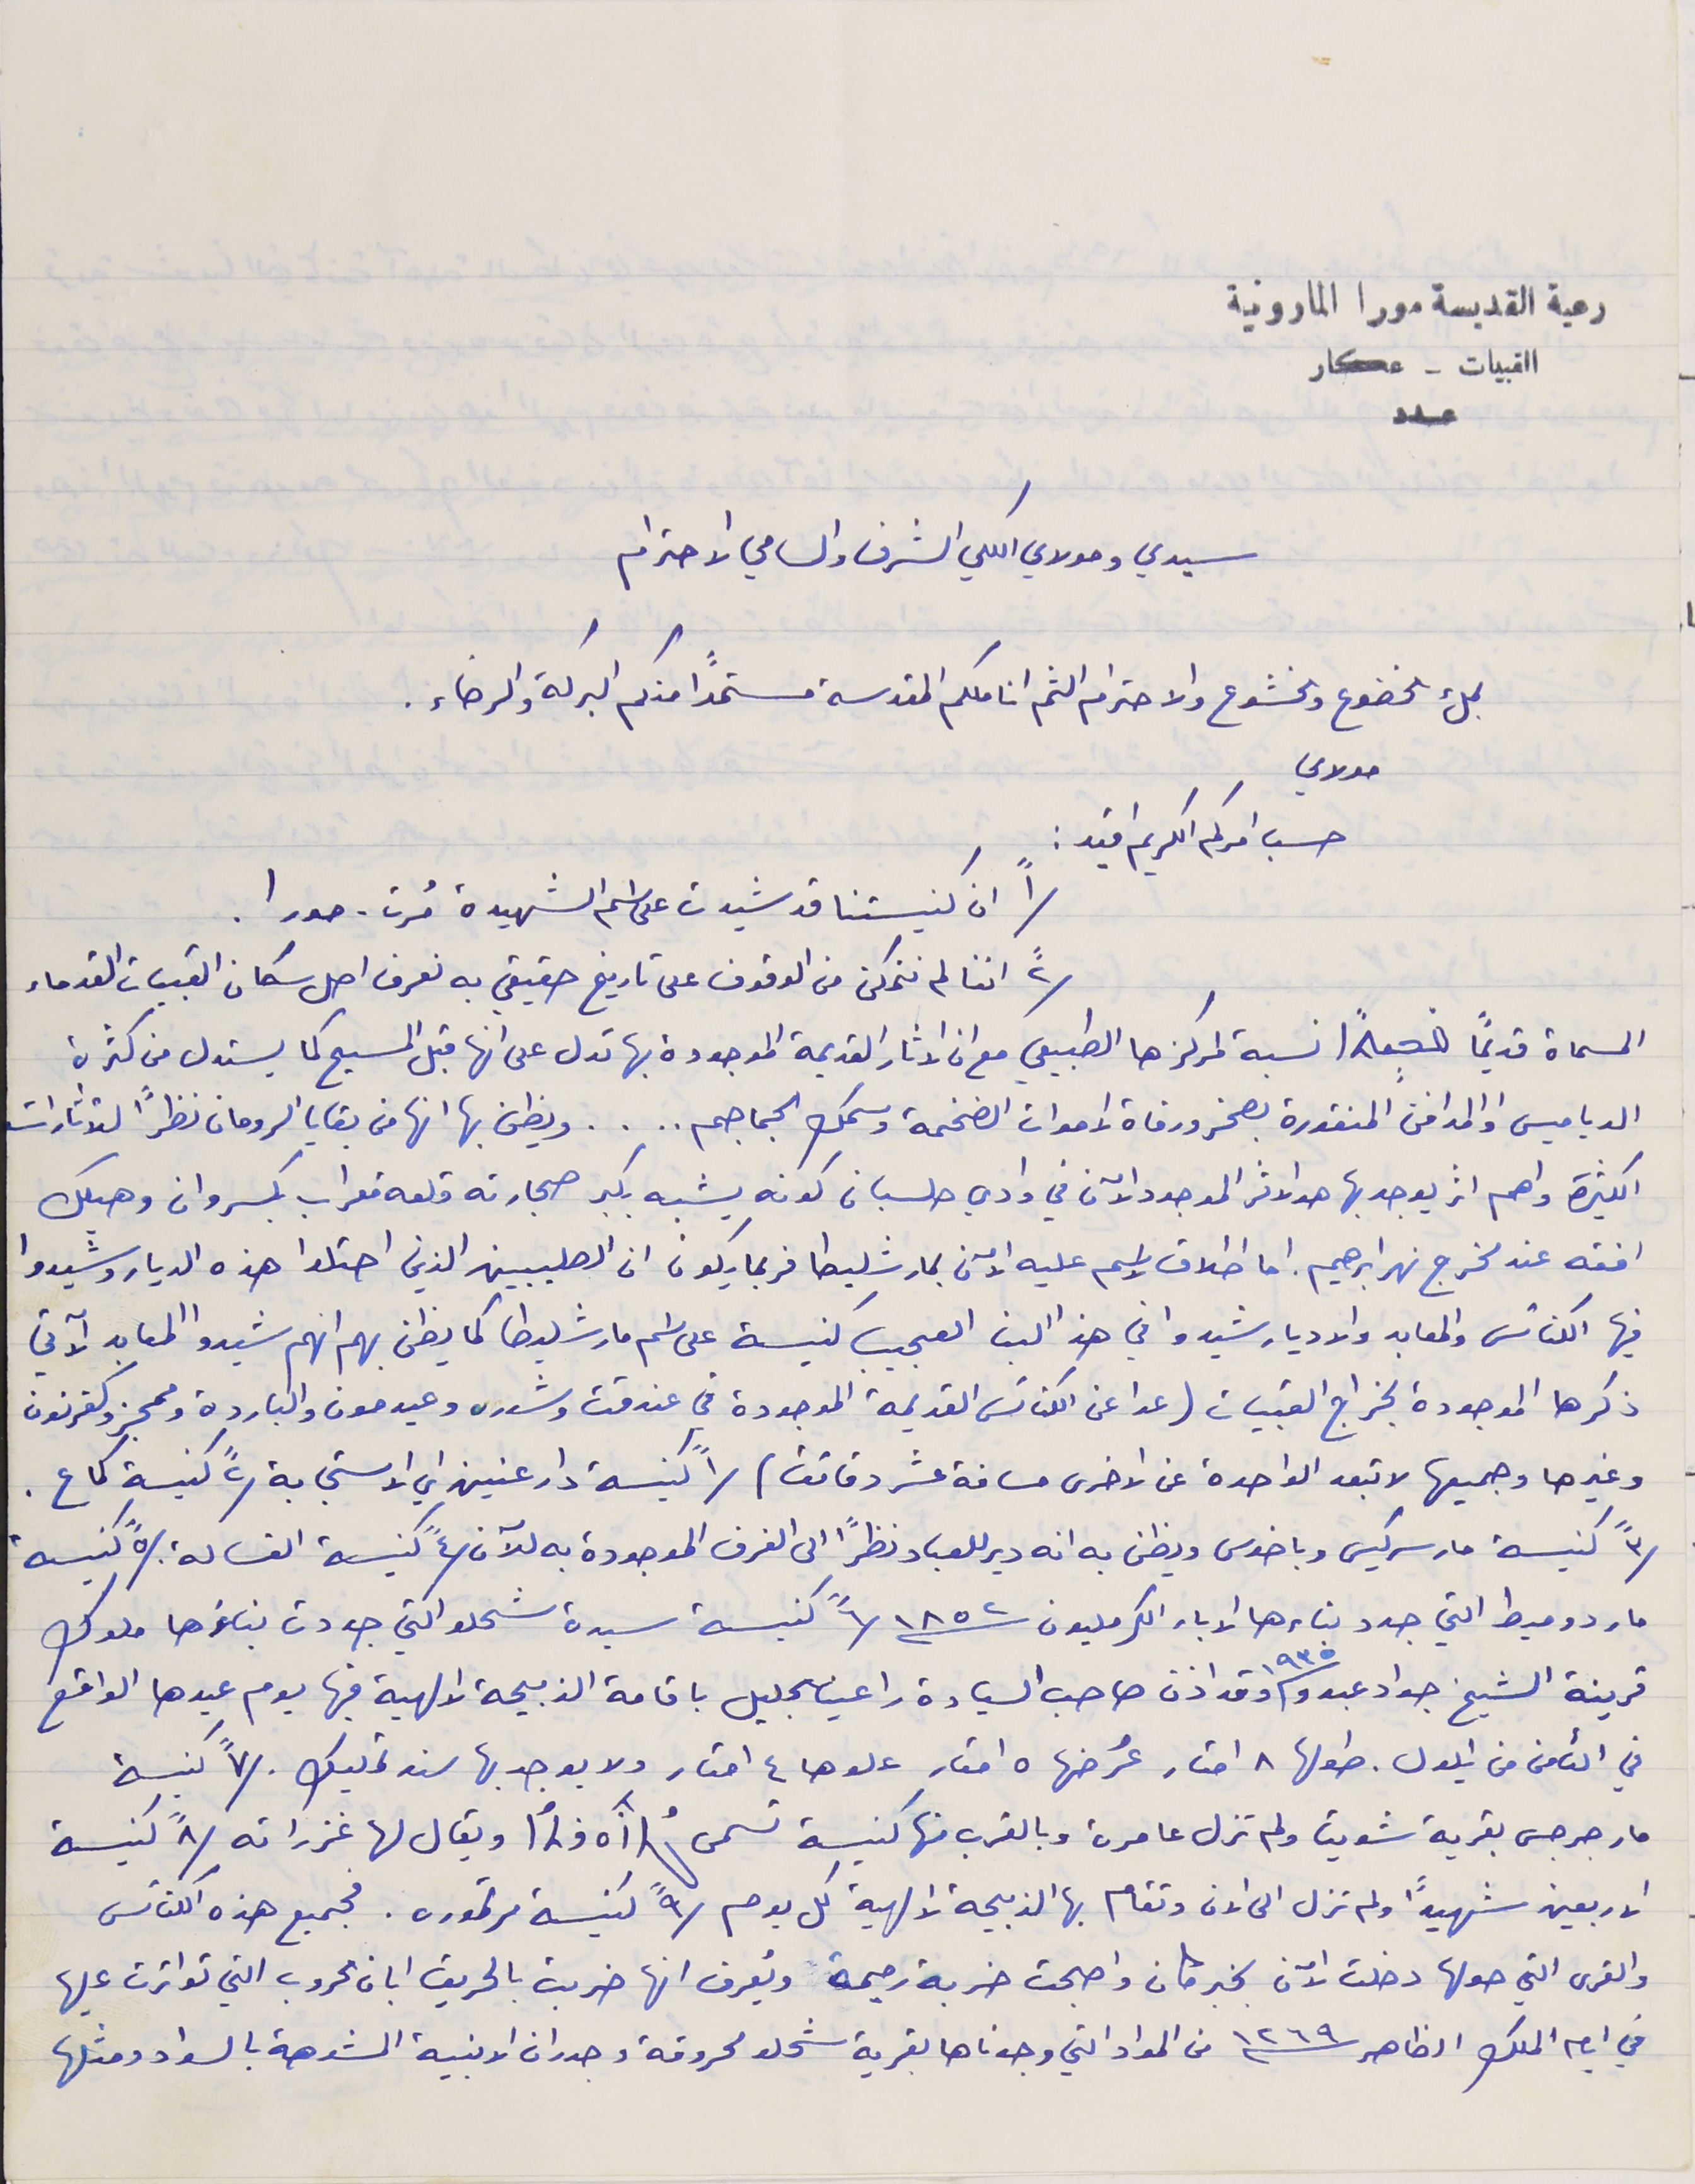
رعية القديسة مورا المارونية
القبيات - عكار
عدد
سيدي ومولاي الكلي الشرف والسامي الاحترام
 بملء الخضوع والخشوع والاحترام الثم اناملكم المقدسة مستمداً منكم البركة والرضاء.
مولاي
 حسب امركم الكريم افيد :
١" ان كنيستنا قد شيدت على اسم الشهيدة مُرت - مورا.
٢" اننا لم نتمكن من الوقوف على تاريخ حقيقي به نعرف اصل سكان القبيات القدماء
المسماة قديماً  نسبة لمركزها الطبيعي مع ان الاثار القديمة الموجودة بها تدل على انها قبل المسيح كما يستدل من كثرة
الدياميس والمدافن المنقورة بصخر ورفاة الاموات الضخمة وسمك الجماجم . . . . ويظن بها انها من بقايا الرومان نظرًا للأثارات
الكثيرة واهم اثر يوجد بها هو الاثر الموجود الآن في وادي حلسبان كونه يشبه بكبر حجارته قلعة معراب بكسروان وهيكل
افقه عند مخرج نهر ابرهيم. اما اطلاق إسم عليه الآن بمار شليطا فربما يكون ان الصليبين الذين احتلوا هذه الديار وشيدوا
فيها الكنائس والمعابد والاديار شيدوا في هذا البنا العجيب كنيسة على اسم مار شليطا كما يظن بهم انهم شيدوا المعابد الآتي
ذكرها الموجودة بخراج القبيات (عدا عن الكنائس القديمة الموجودة في عندقت وشدره وعيدمون والباردة وممجز وكفرنون
 وغيرها وجميعها لا تبعد الواحدة عن الاخرى مسافة عشر دقائق) /١" كنيسة دار عنين اي الاستجابة /٢" كنيسة كماع .
/٣" كنيسة مار سركيس وباخوس ويظن به انه دير للعباد نظرًا الى الغرف الموجودة به للآن /٤" كنيسة الغسالة. /٥" كنيسة
مار دوميط التي جدد بناءها الاباء الكرمليون سنة ١٨٥٢ /٦" كنيسة سيدة شحلو التي جددت بناؤها ملوك
قرينة الشيخ جواد عبدو سنة ١٩٣٥ وقد اذن صاحب السيادة راعينا الجليل باقامة الذبيحة الالهية فيها يوم عيدها الواقع
في الثامن من ايلول. طولها ٨ امتار عرضُها ٥ امتار علوها ٤ امتار ولا يوجد بها سند تمليك . /٧" كنيسة
مار جرجس بقرية شويتا ولم تزل عامرة وبالقرب منها كنيسة تسمى  ويقال لها غزراته /٨" كنيسة
الاربعين شهيداً ولم تزل الى الان وتقام بها الذبيجة الالهية كل يوم /٩" كنيسة مرتموره. فجميع هذه الكنائس
والقرى التي حولها دخلت الآن بخبر كان واصبحت خربة رحيمة ويُعرف انها خربت بالحريق ابان الحروب التي تواترت عليها
في ايام الملك الظاهر سنة ١٢٦٩ من المواد التي وجدناها بقرية شحلو محروقة وجدران الابنية المشوهة بالسواد ومثلها